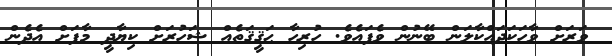
ވަރަށް ވާހަކަދައްކާލަން ބޭނުން ވެފައެވެ. ހުރިހާ ޙަޤީޤަތެއް ޝަހުރަށް ކިޔާދީ މާފަށް އެދެން